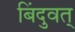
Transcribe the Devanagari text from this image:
बिंदुवत्